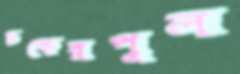
চকেরপুল